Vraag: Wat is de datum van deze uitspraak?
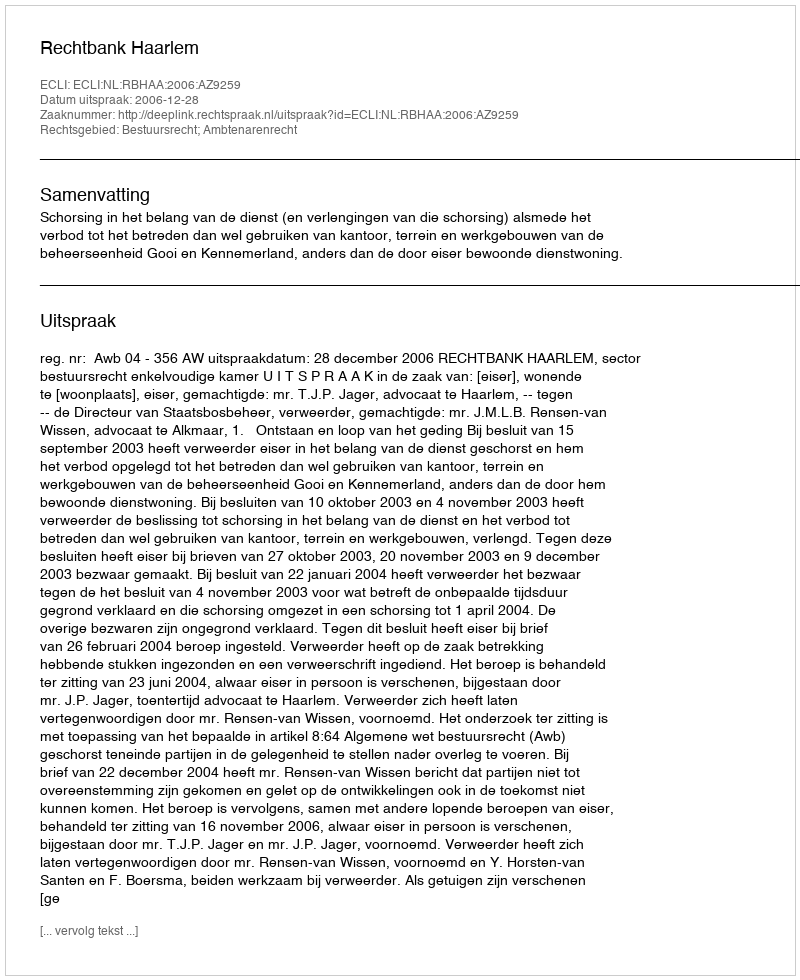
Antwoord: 2006-12-28